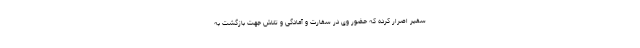
سفیر اصرار کرده که حضور وی در سفارت و آمادگی و تلاش جهت بازگشت به